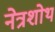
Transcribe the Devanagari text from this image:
नेत्रशोथ